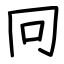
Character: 冋